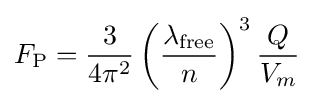
F_{\rm {P}}={\frac {3}{4\pi ^{2}}}\left({\frac {\lambda _{\rm {free}}}{n}}\right)^{3}{\frac {Q}{V_{m}}}